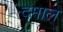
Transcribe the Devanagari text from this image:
दमाल